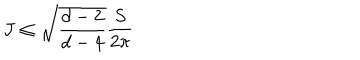
J \leq \sqrt { \frac { d - 2 } { d - 4 } } \frac { S } { 2 \pi }